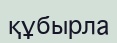
құбырла